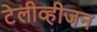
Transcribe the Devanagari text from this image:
टेलीव्हीजन